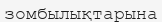
зомбылықтарына